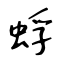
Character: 蜉